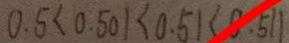
0 . 5 < 0 . 5 0 1 < 0 . 5 1 < 0 . 5 1 1